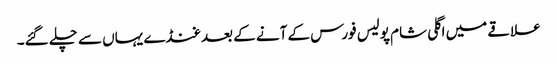
علاقے میں اگلی شام پولیس فورس کے آنے کے بعد غنڈے یہاں سے چلے گئے۔